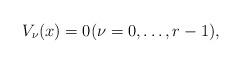
LaTeX: \begin{align*} V_{\nu}(x) = 0 (\nu = 0, \dots, r-1), \end{align*}